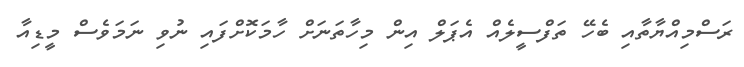
ރަސްމިއްޔާތާއި ބެހޭ ތަފްސީލެއް އެޕަލް އިން މިހާތަނަށް ހާމަކޮށްފައި ނުވި ނަމަވެސް މީޑިއާ